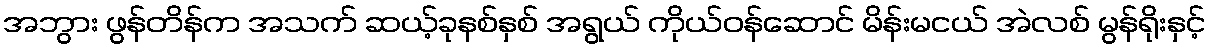
အဘွား ဖွန်တိန်က အသက် ဆယ့်ခုနစ်နှစ် အရွယ် ကိုယ်ဝန်ဆောင် မိန်းမငယ် အဲလစ် မွန်ရိုးနှင့်